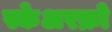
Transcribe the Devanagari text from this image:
स्केअरक्रो